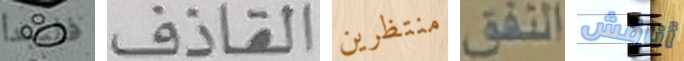
فلتبدأ القاذف منتظرين النفق أناقش